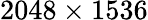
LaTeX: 2048\times 1536